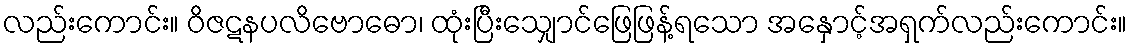
လည်းကောင်း။ ဝိဇဋနပလိဗောဓော၊ ထုံးပြီးသျှောင်ဖြေဖြန့်ရသော အနှောင့်အရှက်လည်းကောင်း။